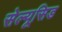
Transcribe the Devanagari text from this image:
सेल्यूसिड